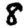
Digit: 8